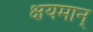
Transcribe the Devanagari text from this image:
क्षयमान्